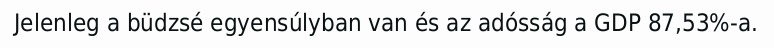
Jelenleg a büdzsé egyensúlyban van és az adósság a GDP 87,53%-a.